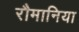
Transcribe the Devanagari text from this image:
रौमानिया